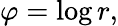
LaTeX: \varphi=\log r,